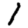
Digit: 1